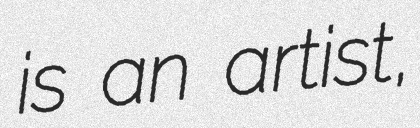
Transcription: is an artist,